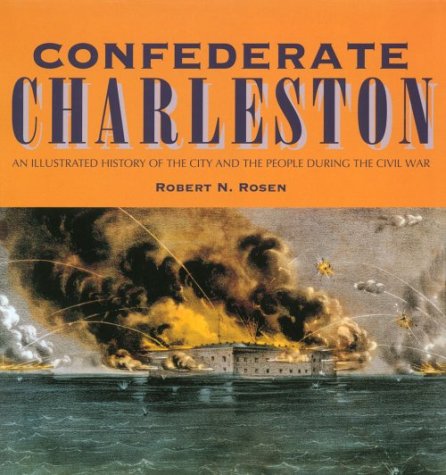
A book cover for Confederate Charleston: An Illustrated History of the City and the People During the Civil War; Robert N. Rosen; Travel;